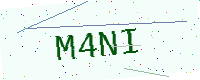
Text: M4NI